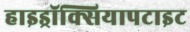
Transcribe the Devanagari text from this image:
हाइड्रॉक्सियापटाइट